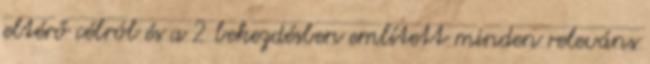
eltérő célról és a 2 bekezdésben említett minden releváns